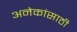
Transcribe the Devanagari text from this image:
अनेकांसाठी